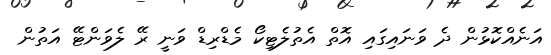
އަނެއްކޮޅުން ދެ ވަނައިގައި އޮތް އެތުލެޓިކޯ މެޑްރިޑް ވަނީ ރޭ ލެވަންޓޭ އަތުން